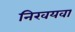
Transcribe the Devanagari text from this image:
निरवयवा